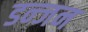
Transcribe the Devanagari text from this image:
डन्जन